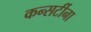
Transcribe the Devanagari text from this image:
कन्सर्टीना